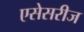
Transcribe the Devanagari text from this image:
एसेसरीज